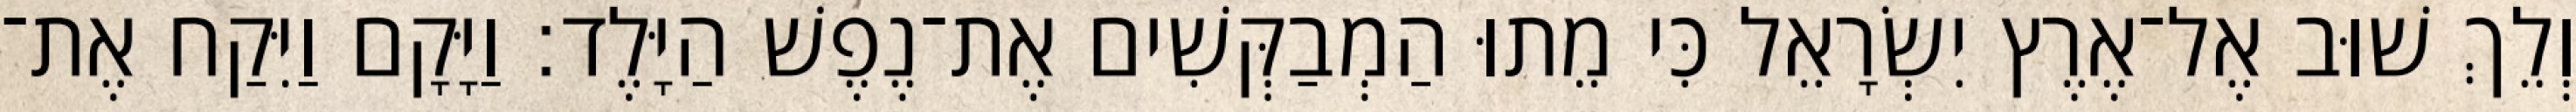
וְלֵךְ שׁוּב אֶל־אֶרֶץ יִשְׂרָאֵל כִּי מֵתוּ הַמְבַקְּשִׁים אֶת־נֶפֶשׁ הַיָּלֶד׃ וַיָּקָם וַיִּקַח אֶת־